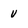
Character: U